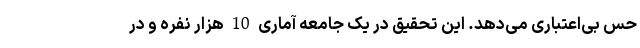
حس بی‌اعتباری می‌دهد. این تحقیق در یک جامعه آماری 10 هزار نفره و در